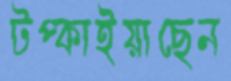
টপ্‌কাইয়াছেন